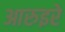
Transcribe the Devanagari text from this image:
आरुइरे